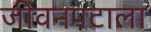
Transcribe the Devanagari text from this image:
जीवनपटाला